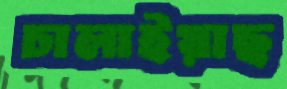
চালাইয়াছ